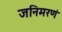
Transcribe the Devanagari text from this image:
जनिमरणं